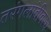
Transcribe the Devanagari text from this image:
तरंगलांबीवरच